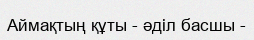
Аймақтың құты - әділ басшы -